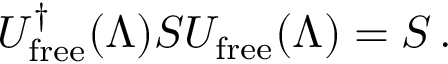
U _ { \mathrm { f r e e } } ^ { \dagger } ( \Lambda ) S U _ { \mathrm { f r e e } } ( \Lambda ) = S \, .